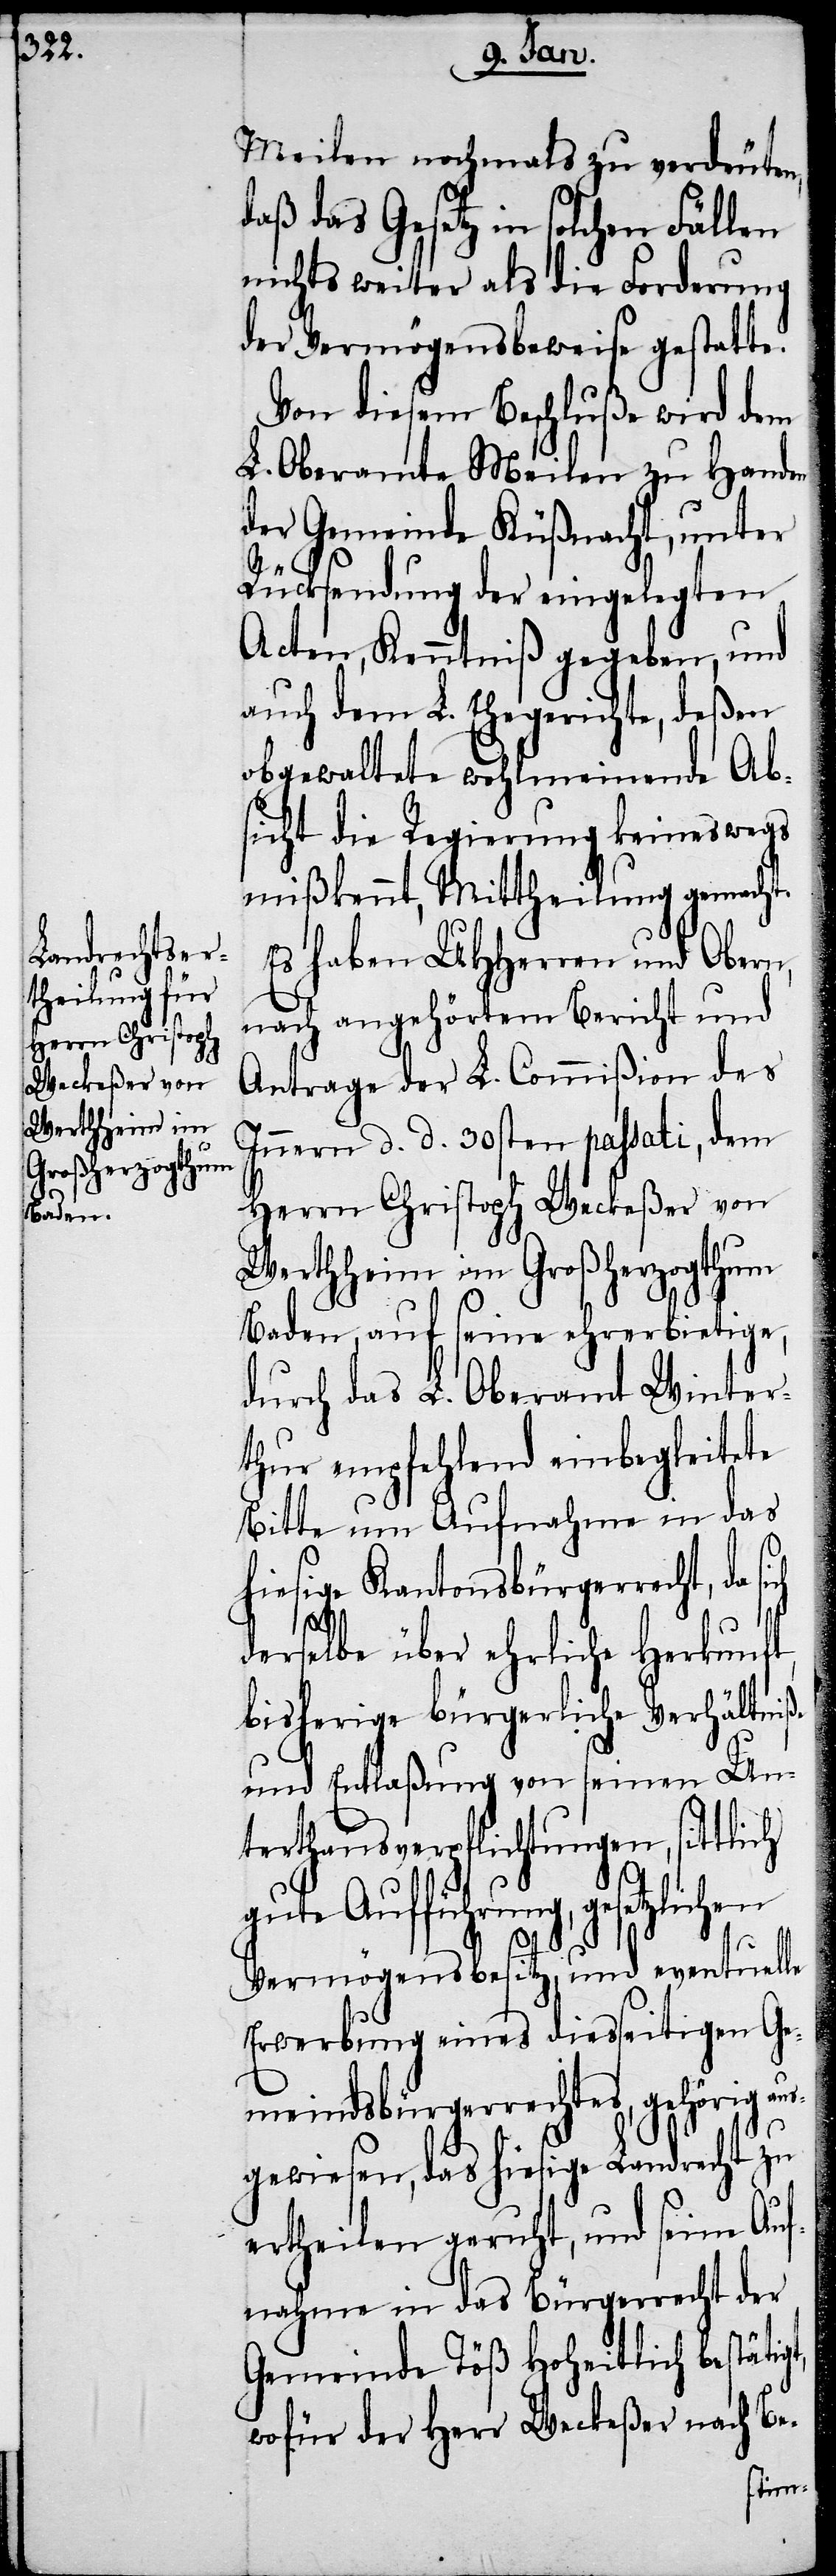
Meilen nochmals zu verdeuten,
daß das Gesetz in solchen Fällen
nichts weiter als die Forderung
der Vermögensbeweise gestatte.
Von diesem Beschluße wird dem
L. Oberamte Meilen zu Handen
der Gemeinde Küßnacht, unter
Rücksendung der eingelegten
Acten, Kenntniß gegeben, und
auch dem L. Ehegerichte, deßen
obgewaltete wohlmeinende Ab¬
sicht die Regierung keineswegs
mißkennt, Mittheilung gemacht.
Es haben UHHerren und Obern,
nach angehörtem Bericht und
Antrage der L. Commißion des
Innern d. d. 30sten passati, dem
Herrn Christoph Weckeßer von
Werthheim im Großherzogthum
Baden, auf seine ehrerbietige,
durch das L. Oberamt Winter¬
thur empfehlend einbegleitete
Bitte um Aufnahme in das
hiesige Kantonsbürgerrecht, da
derselbe über ehrliche Herkunft,
bisherige bürgerliche Verhältniße
und Entlaßung von seinen Un¬
terthansverpflichtungen, sittlich
gute Aufführung, gesetzlichen
Vermögensbesitz, und eventuelle
Erwerbung eines diesseitigen Ge¬
meindsbürgerrechtes, gehörig aus¬
gewiesen, das hiesige Landrecht zu
ertheilen geruht, und seine Auf¬
nahme in das Bürgerrecht der
Gemeinde Töß Hoheitlich bestätig¬
wofür der Herr Weckeßer nach Be-
t,